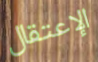
الإعتقال